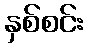
နှစ်စင်း